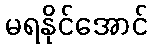
မရနိုင်အောင်